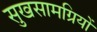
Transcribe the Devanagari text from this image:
सुखसामग्रियों